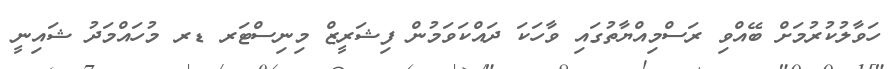
ހަވާލުކުރުމަށް ބޭއްވި ރަސްމިއްޔާތުގައި ވާހަކަ ދައްކަވަމުން ފިޝަރީޒް މިނިސްޓަރ ޑރ މުހައްމަދު ޝައިނީ